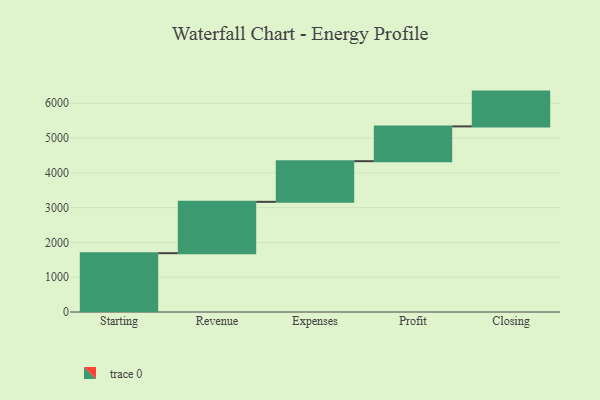
{"axis": {"x": "Step", "y": "Value"}, "legend": [""], "data": [{"x": "Starting", "y": 1691.0, "type": ""}, {"x": "Revenue", "y": 1476.0, "type": ""}, {"x": "Expenses", "y": 1168.0, "type": ""}, {"x": "Profit", "y": 1000, "type": ""}, {"x": "Closing", "y": 1000, "type": ""}]}